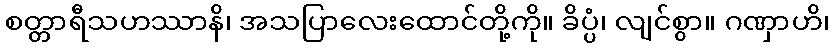
စတ္တာရီသဟဿာနိ၊ အသပြာလေးထောင်တို့ကို။ ခိပ္ပံ၊ လျင်စွာ။ ဂဏှာဟိ၊